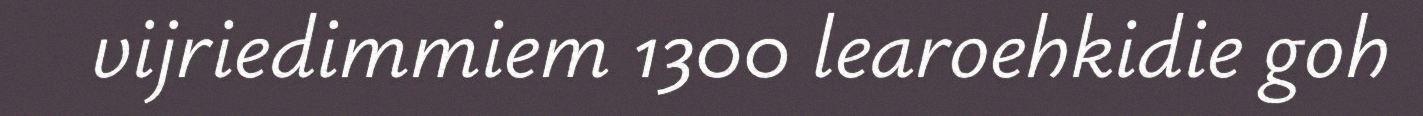
vijriedimmiem 1300 learoehkidie goh